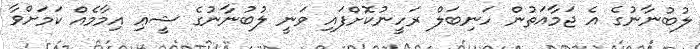
ލުބުނާނުގެ އެ ޖަމާއަތުން ހަނިބަލް ރަހީނުކޮށްފައި ވަނީ ލުބުނާނުގެ ޝީޢި އިމާމެއް ކަމަށްވާ